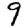
Digit: 9